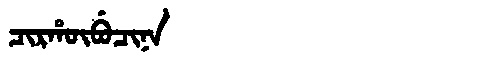
Manchu: ᠴᡳᡵᡥᡡᠪᡠᠴᡳᠨᠠ
Romanization: CIRHŪBUCINA